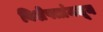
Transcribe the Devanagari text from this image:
विशेषतांमधून